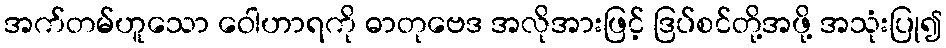
အက်တမ်ဟူသော ဝေါဟာရကို ဓာတုဗေဒ အလိုအားဖြင့် ဒြပ်စင်တို့အဖို့ အသုံးပြု၍